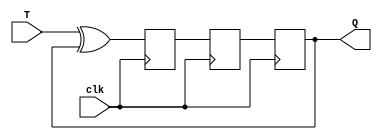
module T_FF (
    input wire clk,
    input wire T,
    output reg Q
);

reg D1, D2;

always @ (posedge clk) begin
    D1 <= T ^ Q;
end

always @ (posedge clk) begin
    D2 <= D1;
end

always @ (posedge clk) begin
    Q <= D2;
end

endmodule